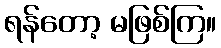
ရန်တော့ မဖြစ်ကြ။